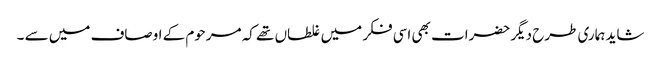
شاید ہماری طرح دیگر حضرات بھی اسی فکر میں غلطاں تھے کہ مرحوم کے اوصاف میں سے ۔